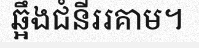
ឆ្អឹងជំនីររគាម។